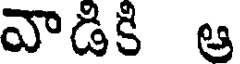
వాడికి ఆ